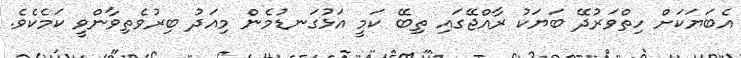
އެބަޔަކަށް ހިތްވަރުދޭ ބަޔަކު ރާއްޖޭގައި ތިބޭ ކަމީ އަޅުގަނޑުމެން މިއަދު ބިރުވެތިވާންވީ ކަމެކެވެ.